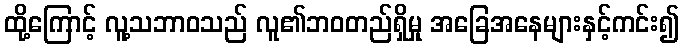
ထို့ကြောင့် လူ့သဘာဝသည် လူ၏ဘဝတည်ရှိမှု အခြေအနေများနှင့်ကင်း၍